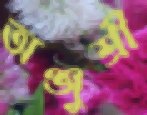
অঞ্জুশ্রী